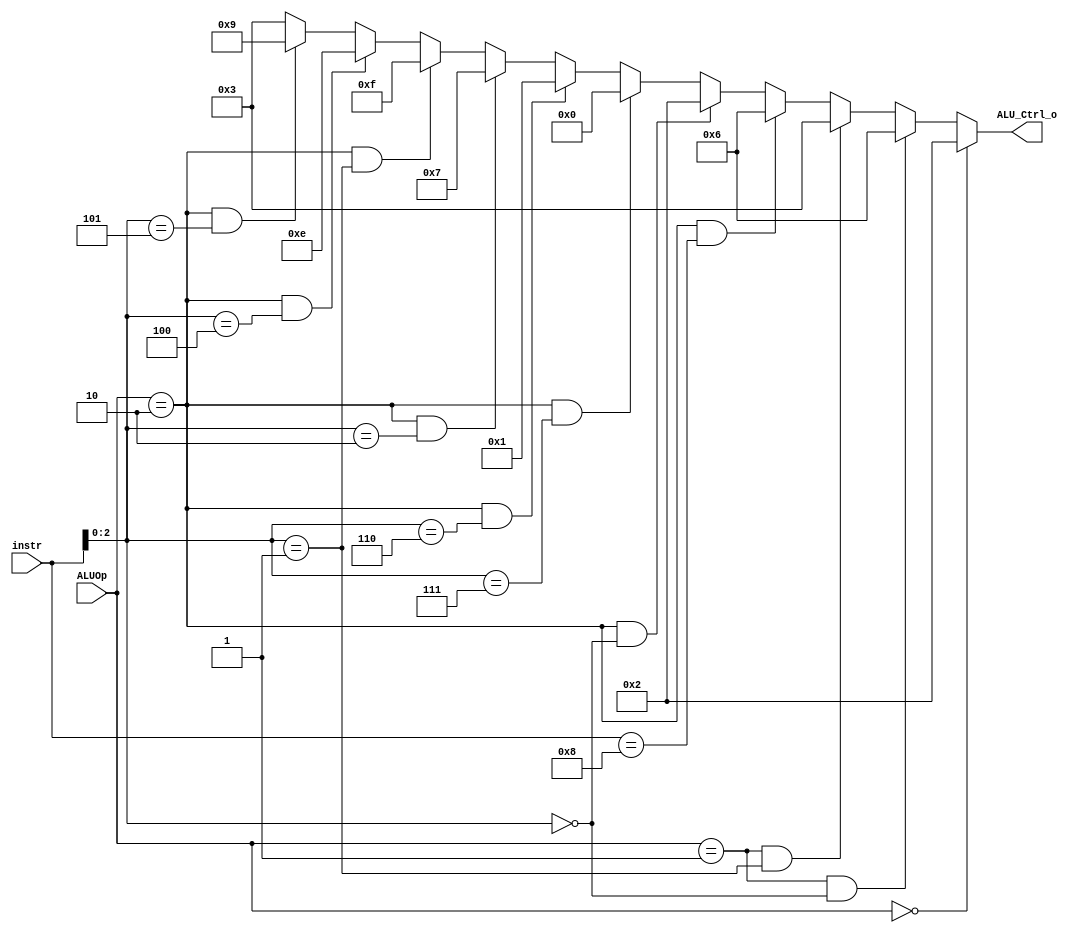
/***************************************************
Student Name: 
Student ID: 
***************************************************/

`timescale 1ns/1ps

module ALU_Ctrl(
	input	[4-1:0]	instr, //instr[30,14-12] =   , funct3
	input	[2-1:0]	ALUOp, 
	output	[4-1:0] ALU_Ctrl_o
	);
	
/* Write your code HERE */
assign ALU_Ctrl_o = (ALUOp==2'b00) ? 4'b0010 : //load/store -> ALU = add
		   ((ALUOp==2'b01) && (instr[2:0]==3'b000))  ? 4'b0110 : //beq     -> ALU = sub
		   ((ALUOp==2'b01) && (instr[2:0]==3'b001))  ? 4'b0011 : //bne
		   ((ALUOp==2'b10) && (instr==4'b1000)) ? 4'b0110 : //ALU = -
		   ((ALUOp==2'b10) && (instr[2:0]==3'b000)) ? 4'b0010 : //ALU = + 
		   ((ALUOp==2'b10) && (instr[2:0]==3'b111)) ? 4'b0000 : //ALU = and
		   ((ALUOp==2'b10) && (instr[2:0]==3'b110)) ? 4'b0001 : //ALU = or
		   ((ALUOp==2'b10) && (instr[2:0]==3'b010)) ? 4'b0111 : //ALU = SLT
		   ((ALUOp==2'b10) && (instr[2:0]==3'b001)) ? 4'b1111 : //ALU = shift left logical (sll)
		   ((ALUOp==2'b10) && (instr[2:0]==3'b100)) ? 4'b1110 : //ALU = xor
		   ((ALUOp==2'b10) && (instr[2:0]==3'b101)) ? 4'b1001 : //ALU = shift right arithmetic (sra)
							      4'b0011;  //ALU = Error detect

endmodule